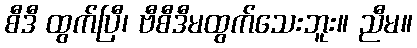
စီဒီ ထွက်ပြီ၊ ဗီစီဒီမထွက်သေးဘူး။ ညီမ။